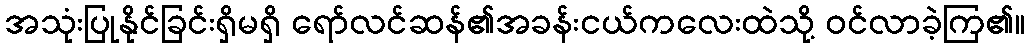
အသုံးပြုနိုင်ခြင်းရှိမရှိ ရော်လင်ဆန်၏အခန်းငယ်ကလေးထဲသို့ ဝင်လာခဲ့ကြ၏။